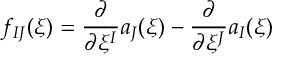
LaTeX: f _ { I J } ( \xi ) = \frac { \partial } { \partial \xi ^ { I } } a _ { J } ( \xi ) - \frac { \partial } { \partial \xi ^ { J } } a _ { I } ( \xi )